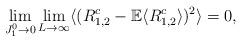
LaTeX: \begin{align*}\lim_{J_1^0 \rightarrow 0} \lim_{L \rightarrow \infty}\langle( { R_{1,2}^c}- { \mathbb E}\langle R_{1,2}^c\rangle) ^2 \rangle=0,\end{align*}